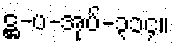
ဋ္ဌ-ပ-အုပ်-၃၁၄။